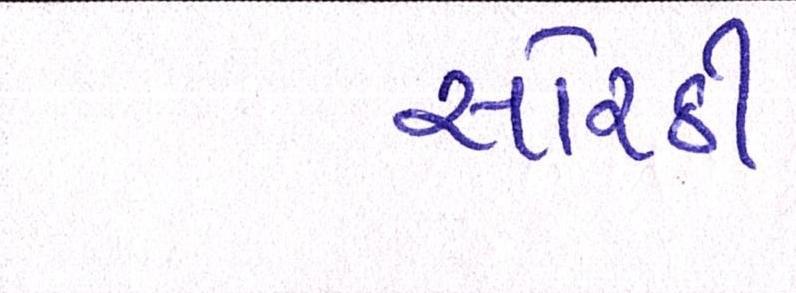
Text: સોરઠી